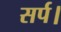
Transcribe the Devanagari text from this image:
सर्प।